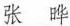
张 晔